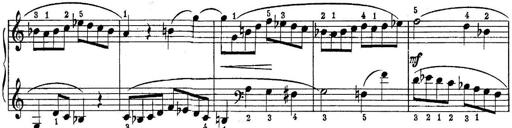
Title: Quatres sonatines
Composer: Tadeusz Joteyko